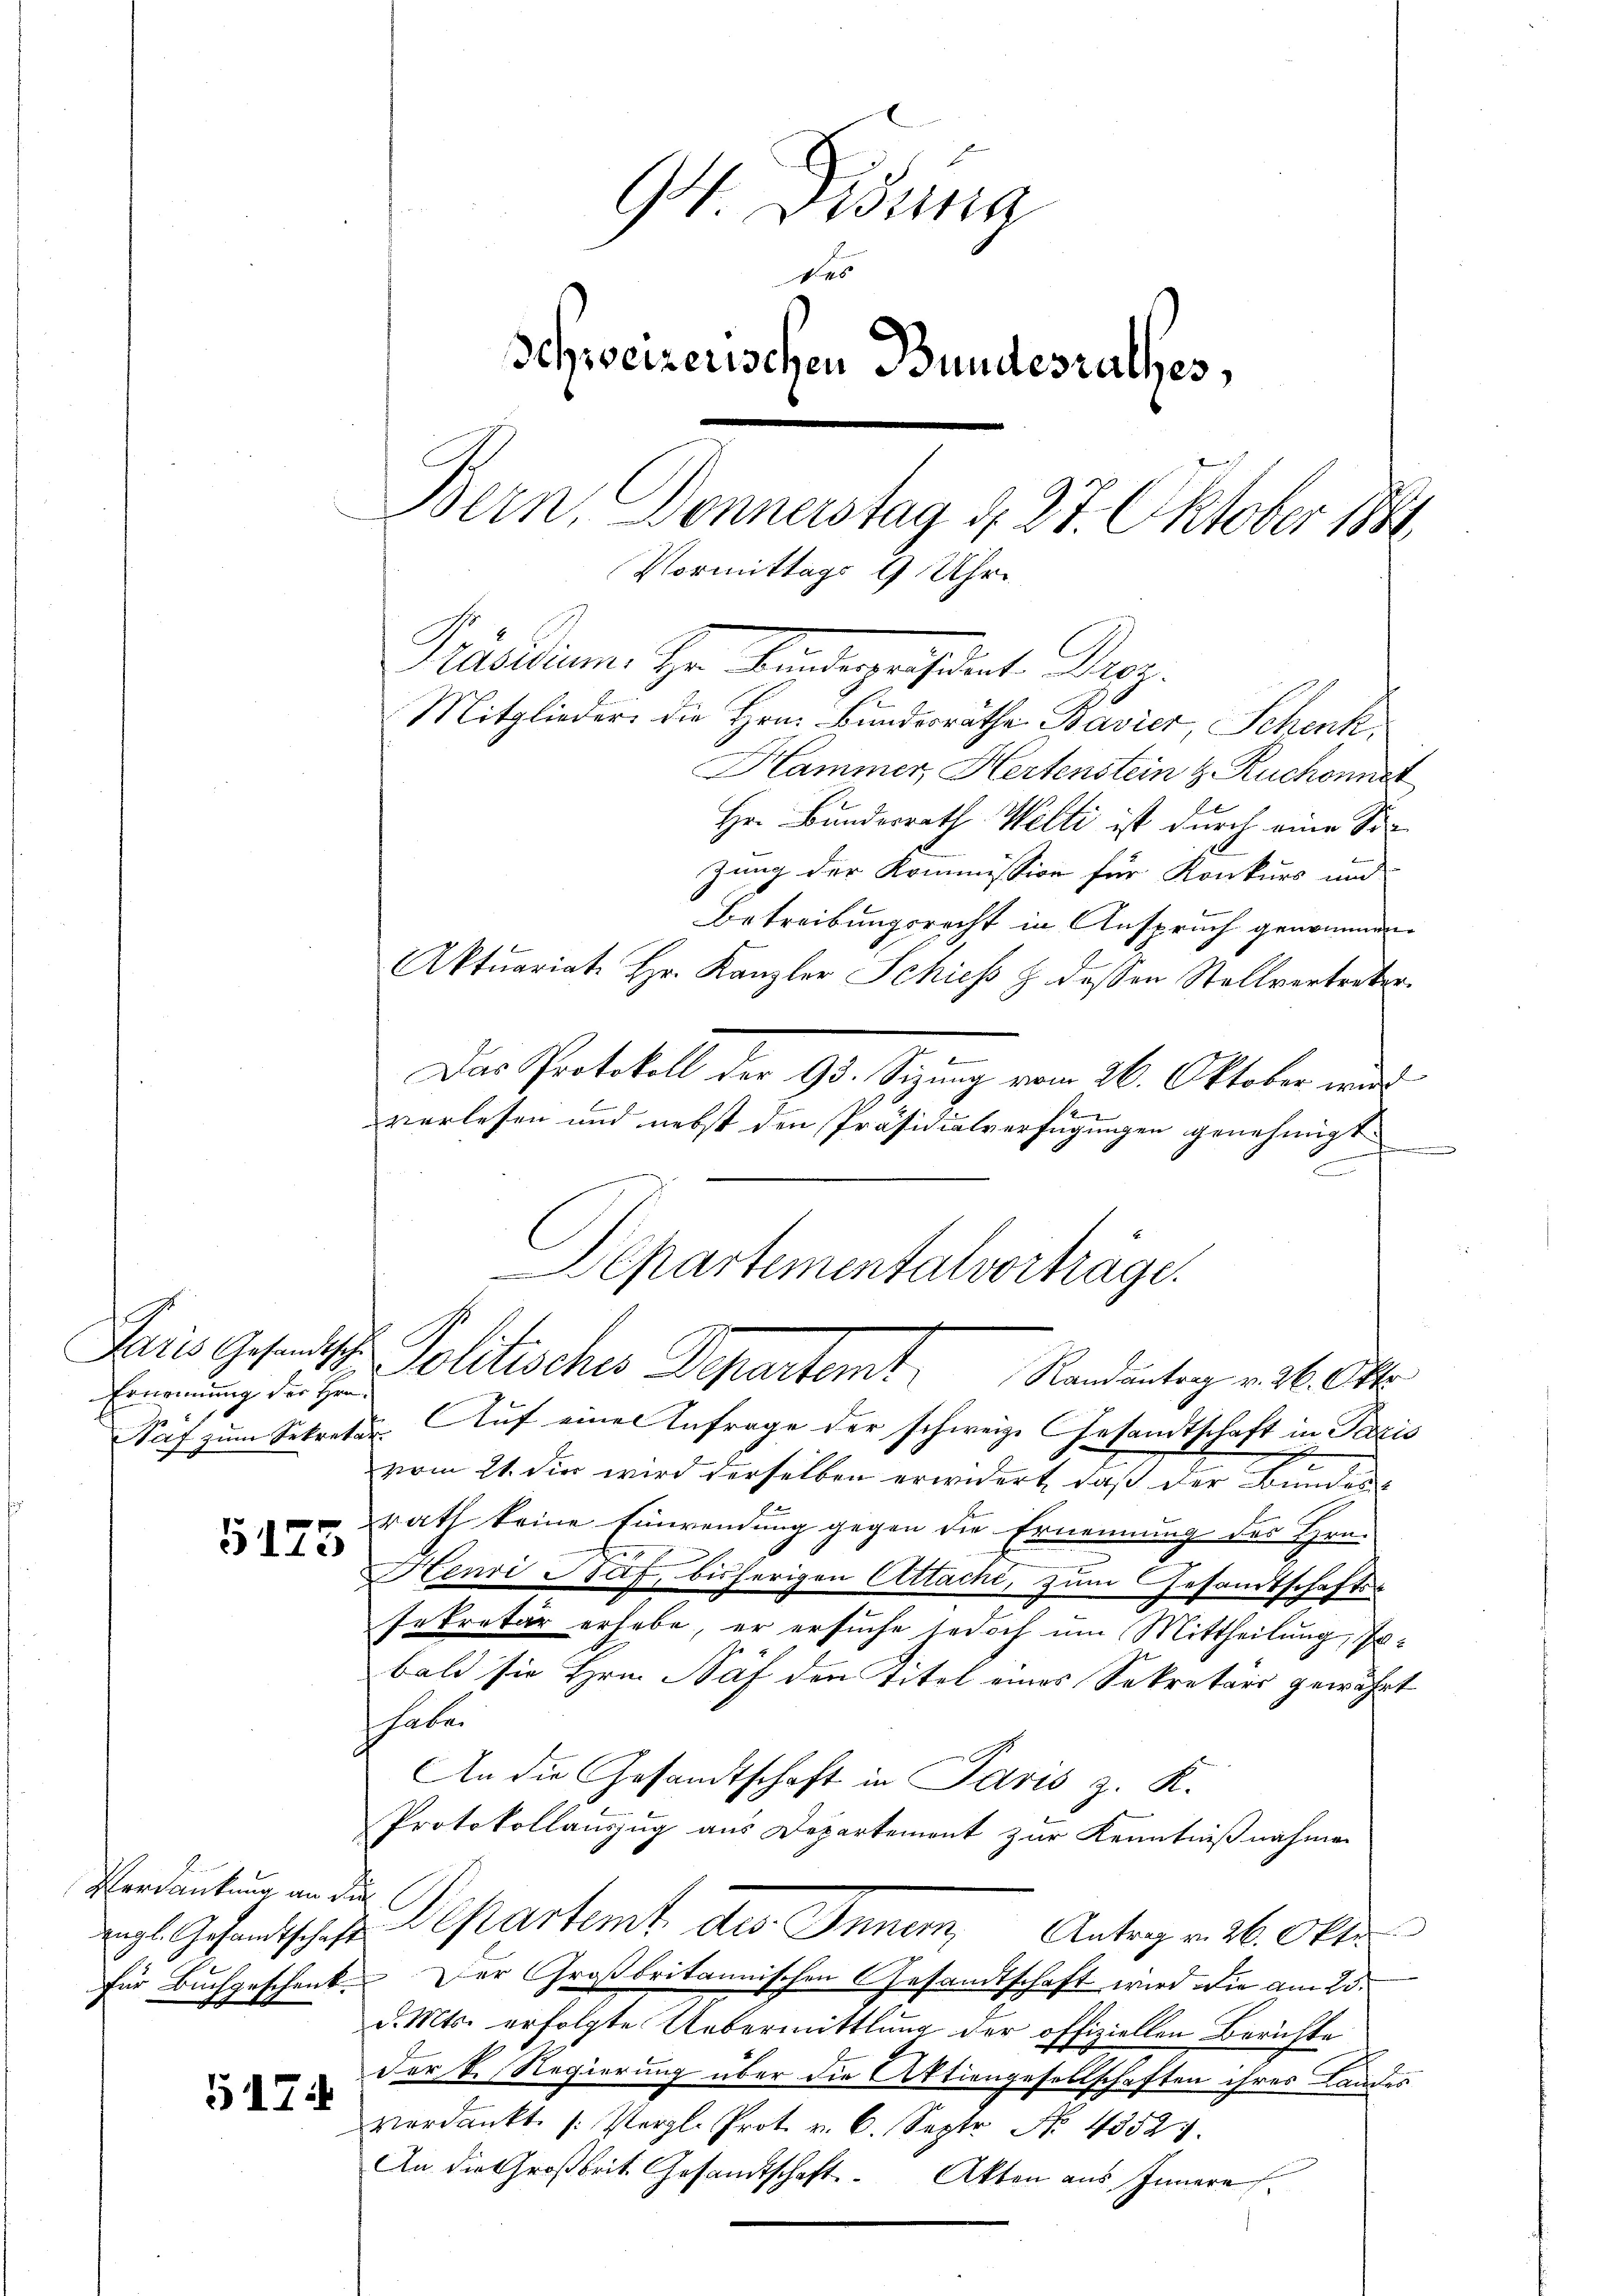
Paris Gesandtsche
Ernennung der Hrn.

5175

Verdankung an die
engl. Gesandtschaft
für Buchgeschenk.

517

d

94. Disena
des
Schweizerischen Bundesrathes,
Bern, Donnerstag d. 27. Oktober 1889
Vormittags 9 Uhr
Präsidium. Hr. Keisegeistent. Dez.
Mitglieder die Hrn. Bundesrathe Bavier, Schenk,
Hammer, Hertenstein z. Ruchonnet

Hr. Bundesrath Welti ist durch eine Sizung der Kommission für Konkurs und
Betreibungsrecht in Anspruch genommen.
Aktuariat Hr. Kanzler Schieβ z. dessen Stallvertreter.
Das Protokoll der 93. Sizung vom 26. Oktober wird
verlesen und nebst den Präsidialverfügungen genehmigt
d
Saf zum Sekretär. Auf einer Anfrage der schweiz. Gesandtschaft in Paris
e
n
vom 21. die wird derselben erwidert, daß der Bundes
rath keine Einwendung gegen die Ernennung des Hrn.
Henri Naf, bisherigen Attacht, zum Gesandtschafts-
sekretär erhabe, er ersuche jedoch um Mittheilung, sobald sie Hrn. Näf den Titel eines Sekretärs gewährt
habe.
An die Gesandtschaft in Paris z. K.
Protokollauszug aus Departemont zur Kenntnißnahmen
Departemt des Inner Antrag v. 26. Okto
Der Großbritannischen Gesandtschaft wird die am 25.
d. Mts. erfolgte Uebermittlung der offiziellen Berichte
der V. Regierung über die Aktiengesellschaften ihres Landes
verdankt. (: Vergl. Prot. v. 6. Sept No. 43524.
An die Großbrit Gesandtschaft. Akten aus Innern

Bepartementalvorträge.
Pollischen Pestant,
Randantrag v. 26. Okto